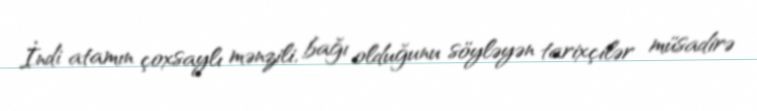
İndi atamın çoxsaylı mənzili, bağı olduğunu söyləyən tarixçilər müsadirə